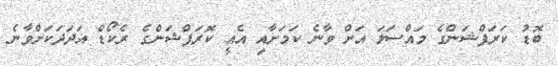
ބޮޑު ކަރަޕްޝަންގެ މައްސަލަ އަށް ވާނެ ކަމަށާއި އެއީ ކޮރަޕްޝަންގެ ރެކޯޑް އަދަދަކަށްވާނެ